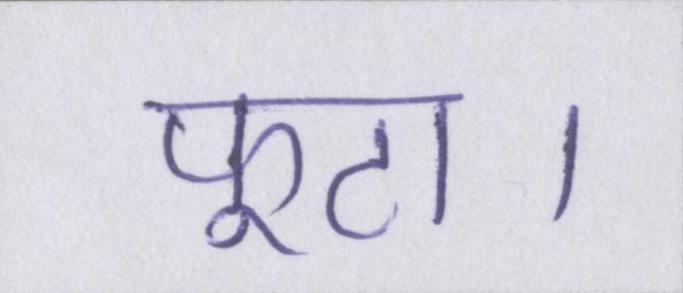
फूटा।